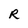
Character: R